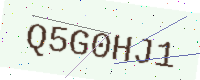
Text: Q5G0HJ1